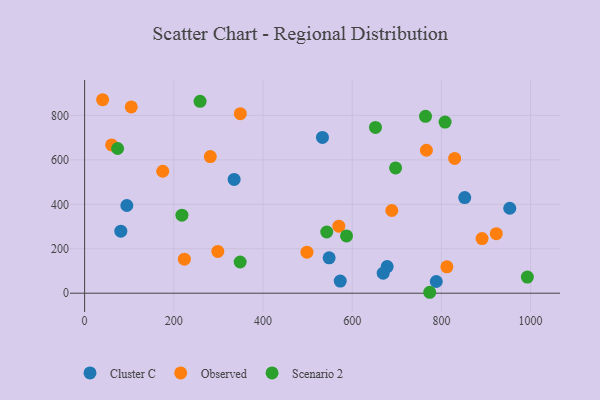
{"axis": {"x": "Investment", "y": "Yield"}, "legend": ["Cluster C", "Observed", "Scenario 2"], "data": [{"x": "852.3", "y": 430.4, "type": "Cluster C"}, {"x": "533.3", "y": 700.8, "type": "Cluster C"}, {"x": "94.7", "y": 394.5, "type": "Cluster C"}, {"x": "335.3", "y": 512.1, "type": "Cluster C"}, {"x": "678.4", "y": 119.9, "type": "Cluster C"}, {"x": "953.3", "y": 382.3, "type": "Cluster C"}, {"x": "573.2", "y": 54.7, "type": "Cluster C"}, {"x": "788.5", "y": 52.7, "type": "Cluster C"}, {"x": "548.3", "y": 159.1, "type": "Cluster C"}, {"x": "81.2", "y": 279.2, "type": "Cluster C"}, {"x": "669.5", "y": 90.0, "type": "Cluster C"}, {"x": "891.2", "y": 245.8, "type": "Observed"}, {"x": "349.1", "y": 807.8, "type": "Observed"}, {"x": "829.7", "y": 606.6, "type": "Observed"}, {"x": "570.0", "y": 301.4, "type": "Observed"}, {"x": "60.6", "y": 667.1, "type": "Observed"}, {"x": "104.6", "y": 838.4, "type": "Observed"}, {"x": "40.4", "y": 870.6, "type": "Observed"}, {"x": "298.7", "y": 187.9, "type": "Observed"}, {"x": "812.3", "y": 118.5, "type": "Observed"}, {"x": "766.4", "y": 643.3, "type": "Observed"}, {"x": "223.7", "y": 153.1, "type": "Observed"}, {"x": "923.1", "y": 268.0, "type": "Observed"}, {"x": "281.8", "y": 614.8, "type": "Observed"}, {"x": "498.6", "y": 184.7, "type": "Observed"}, {"x": "175.2", "y": 548.7, "type": "Observed"}, {"x": "688.8", "y": 372.1, "type": "Observed"}, {"x": "348.8", "y": 140.4, "type": "Scenario 2"}, {"x": "74.0", "y": 651.2, "type": "Scenario 2"}, {"x": "992.8", "y": 72.5, "type": "Scenario 2"}, {"x": "258.9", "y": 863.2, "type": "Scenario 2"}, {"x": "218.2", "y": 351.1, "type": "Scenario 2"}, {"x": "587.3", "y": 257.6, "type": "Scenario 2"}, {"x": "808.3", "y": 770.2, "type": "Scenario 2"}, {"x": "697.3", "y": 563.7, "type": "Scenario 2"}, {"x": "542.9", "y": 275.4, "type": "Scenario 2"}, {"x": "764.4", "y": 795.9, "type": "Scenario 2"}, {"x": "773.8", "y": 4.1, "type": "Scenario 2"}, {"x": "652.2", "y": 745.9, "type": "Scenario 2"}]}